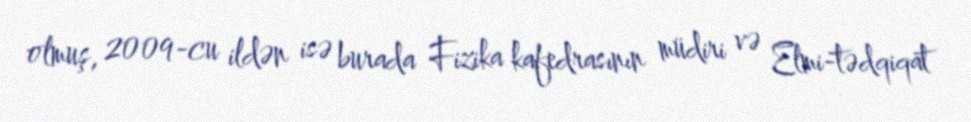
olmuş, 2009-cu ildən isə burada Fizika kafedrasının müdiri və Elmi-tədqiqat